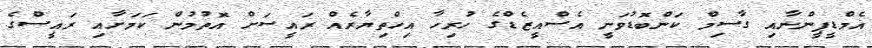
އެމްޑީޕީންނާއި ގާސިމް ކަންބޮޑުވަނީ އެސްއީޒެޑްގެ ހުރިހާ އިހްތިޔާރެއް ރައީސަށް އޮތުމުން ކަމަށާއި ރައީސްގެ